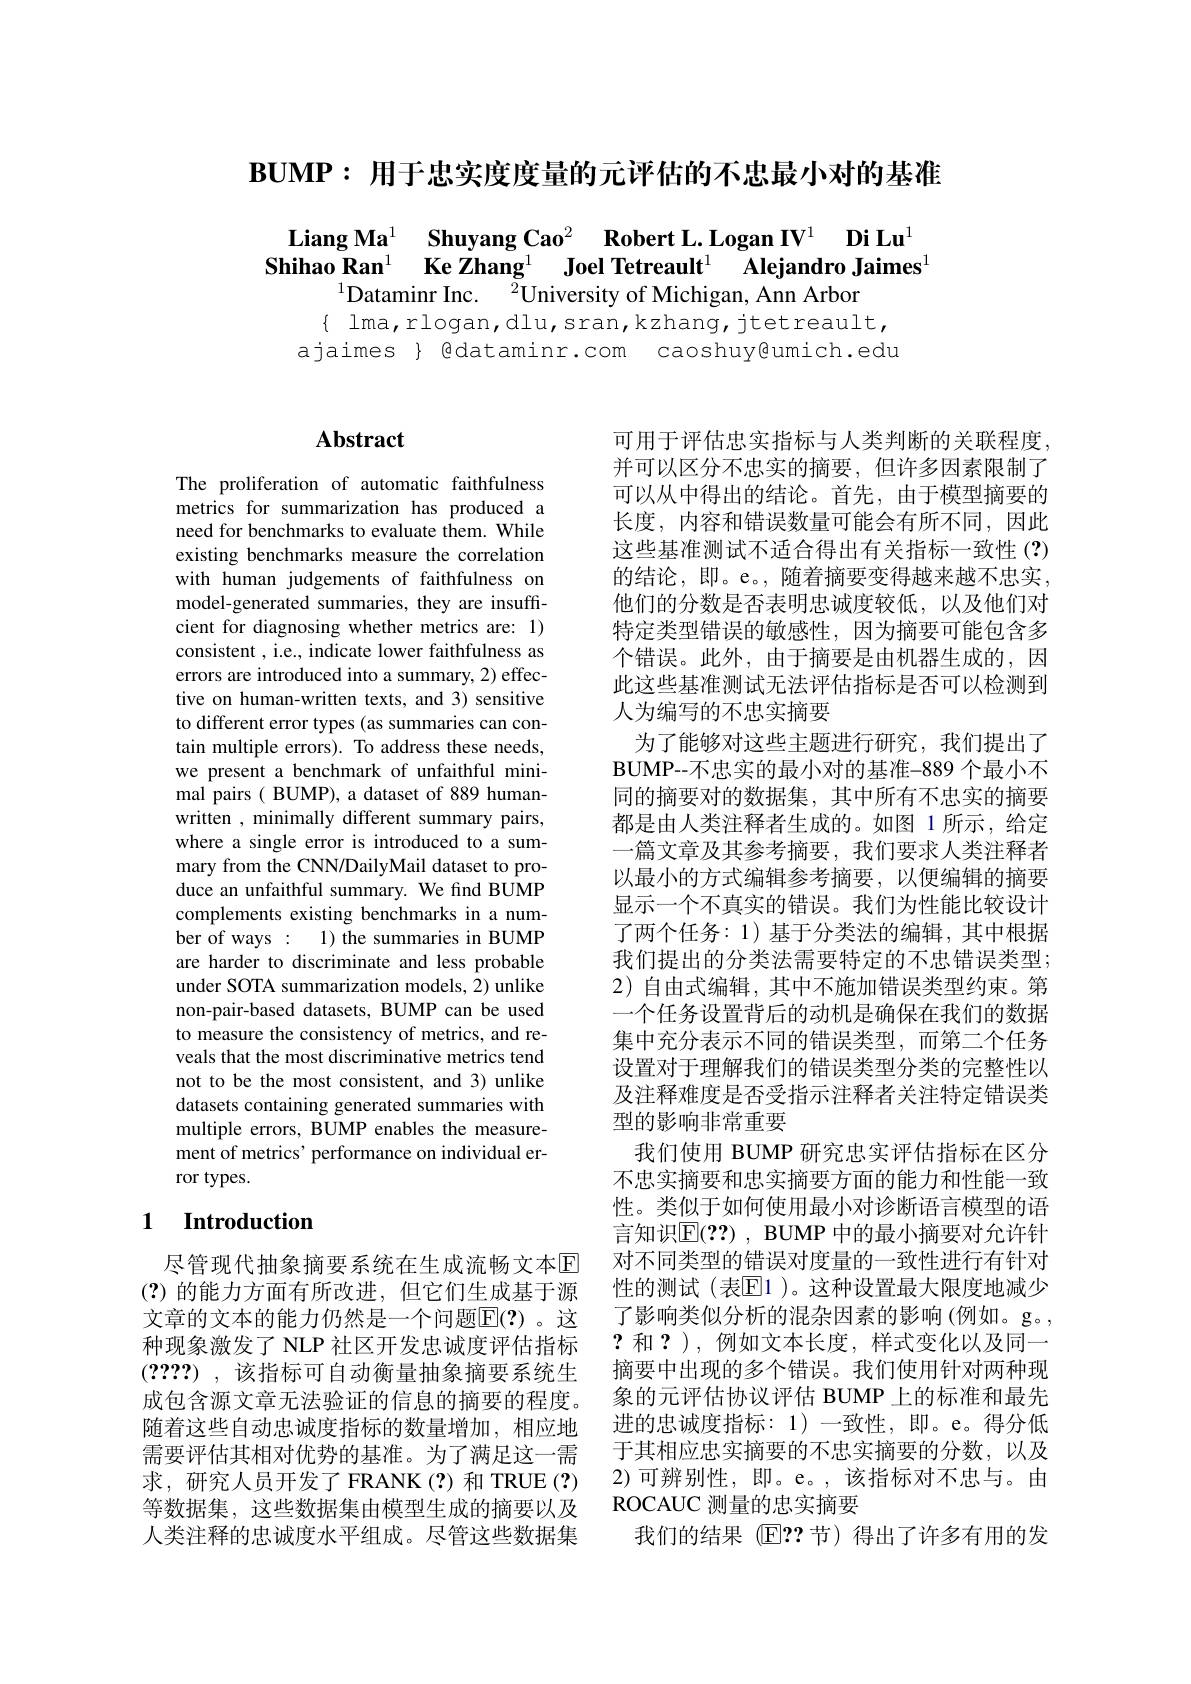
$\mathbf{BUMP:~}$用于忠实度度量的元评估的不忠最小对的基准

$\begin{array}{cc}\textbf{Liang Ma}^1&\textbf{Shuyang Cao}^2&\textbf{Robert L.Logan IV}^1&\textbf{Di Lu}^1\\\textbf{Shihao Ran}^1&\textbf{Ke Zhang}^1&\textbf{Joel Tetreault}^1&\text{Alejandro Jaimes}^1\end{array}$
Dataminr Inc. $^2$Universitv of Michigan. Ann Arbon
$\{$ lma,rlogan,dlu,sran,kzhang,jtetreault, ajaimes } 色dataminr.com caoshuy@umich.edu

## $\mathbf{Abstract}$

The proliferation of automatic faithfulness metrics for summarization has produced a need for benchmarks to evaluate them. While existing benchmarks measure the correlation with human judgements of faithfulness on model-generated summaries, they are insufficient for diagnosing whether metrics are: 1) consistent , i.e., indicate lower faithfulness as errors are introduced into a summary, 2) effective on human-written texts, and 3) sensitive to different error types (as summaries can contain multiple errors). To address these needs, we present a benchmark of unfaithful minimal pairs ( BUMP), a dataset of 889 humanwritten , minimally different summary pairs, where a single error is introduced to a summary from the CNN/DailyMail dataset to produce an unfaithful summary. We find BUMP complements existing benchmarks in a number of ways : 1) the summaries in BUMP are harder to discriminate and less probable under SOTA summarization models, 2) unlike non-pair-based datasets, BUMP can be used to measure the consistency of metrics, and reveals that the most discriminative metrics tend not to be the most consistent, and 3) unlike datasets containing generated summaries with multiple errors, BUMP enables the measurement of metrics' performance on individual error types.

### 1 $\textbf{Introduction}$

尽管现代抽象摘要系统在生成流畅文本回(?)的能力方面有所改进，但它们生成基于源文章的文本的能力仍然是一个问题E(?)。这种现象激发了 NLP 社区开发忠诚度评估指标(2???) ,该指标可自动衡量抽象摘要系统生成包含源文章无法验证的信息的摘要的程度。随着这些自动忠诚度指标的数量增加，相应地需要评估其相对优势的基准。为了满足这一需求，研究人员开发了FRANK(?)和 TRUE(?) 等数据集，这些数据集由模型生成的摘要以及人类注释的忠诚度水平组成。尽管这些数据集

可用于评估忠实指标与人类判断的关联程度， 并可以区分不忠实的摘要，但许多因素限制了可以从中得出的结论。首先，由于模型摘要的长度，内容和错误数量可能会有所不同，因此这些基准测试不适合得出有关指标一致性(?) 的结论，即。e。,随着摘要变得越来越不忠实， 他们的分数是否表明忠诚度较低，以及他们对特定类型错误的敏感性，因为摘要可能包含多个错误。此外，由于摘要是由机器生成的，因此这些基准测试无法评估指标是否可以检测到人为编写的不忠实摘要
为了能够对这些主题进行研究，我们提出了$\mathbf{BUMP--}$不忠实的最小对的基准-889 个最小不同的摘要对的数据集，其中所有不忠实的摘要都是由人类注释者生成的。如图 1 所示，给定一篇文章及其参考摘要，我们要求人类注释者以最小的方式编辑参考摘要，以便编辑的摘要显示一个不真实的错误。我们为性能比较设计了两个任务：1) 基于分类法的编辑，其中根据我们提出的分类法需要特定的不忠错误类型； 2) 自由式编辑，其中不施加错误类型约束。第一个任务设置背后的动机是确保在我们的数据集中充分表示不同的错误类型，而第二个任务设置对于理解我们的错误类型分类的完整性以及注释难度是否受指示注释者关注特定错误类型的影响非常重要
我们使用 BUMP 研究忠实评估指标在区分不忠实摘要和忠实摘要方面的能力和性能一致性。类似于如何使用最小对诊断语言模型的语言知识$\mathbb{E}(\mathbf{??})$, BUMP 中的最小摘要对允许针对不同类型的错误对度量的一致性进行有针对性的测试(表$\mathbb{E}$1)。这种设置最大限度地减少了影响类似分析的混杂因素的影响(例如。g。, ?和？),例如文本长度，样式变化以及同一摘要中出现的多个错误。我们使用针对两种现象的元评估协议评估 BUMP 上的标准和最先进的忠诚度指标：1)一致性，即。e。得分低于其相应忠实摘要的不忠实摘要的分数，以及2)可辨别性，即。e。,该指标对不忠与。由ROCAUC 测量的忠实摘要
我们的结果(E??节)得出了许多有用的发